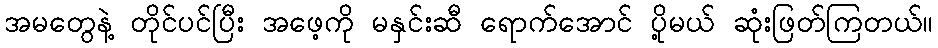
အမတွေနဲ့ တိုင်ပင်ပြီး အဖေ့ကို မနှင်းဆီ ရောက်အောင် ပို့မယ် ဆုံးဖြတ်ကြတယ်။